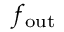
f _ { \mathrm { o u t } }